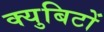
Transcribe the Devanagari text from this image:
क्युबिटों